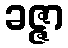
ခဇ္ဇာ